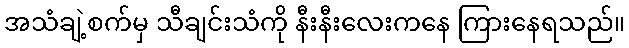
အသံချဲ့စက်မှ သီချင်းသံကို နီးနီးလေးကနေ ကြားနေရသည်။